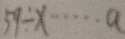
5 9 \div x \cdots a